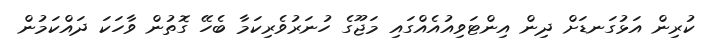
ކުރިން އަޅުގަނޑަށް ދިން އިންޓަވިއުއެއްގައި މަޖޫގެ ހުނަރުވެރިކަމާ ބެހޭ ގޮތުން ވާހަކަ ދައްކަމުން